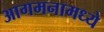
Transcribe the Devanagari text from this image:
आगमनामध्ये